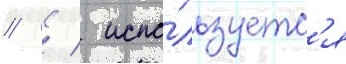
   испо́льзуетс'я